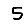
Digit: 5